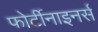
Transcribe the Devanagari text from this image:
फोर्टीनाइनर्स